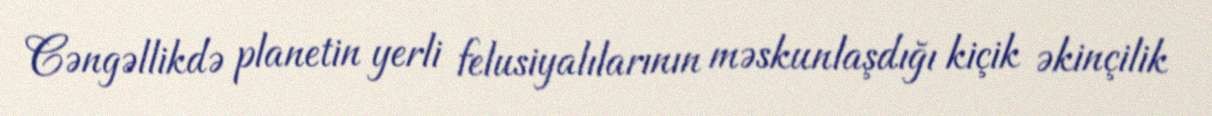
Cəngəllikdə planetin yerli felusiyalılarının məskunlaşdığı kiçik əkinçilik